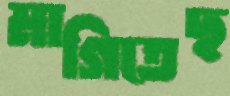
মাগিতেছ